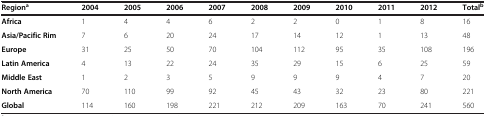
| Regiona | 2004 | 2005 | 2006 | 2007 | 2008 | 2009 | 2010 | 2011 | 2012 | Totalb |
 | --- | --- | --- | --- | --- | --- | --- | --- | --- | --- | --- |
 | Africa | 1 | 4 | 4 | 6 | 2 | 2 | 0 | 1 | 8 | 16 |
 | Asia/Pacific Rim | 7 | 6 | 20 | 24 | 17 | 14 | 12 | 1 | 13 | 48 |
 | Europe | 31 | 25 | 50 | 70 | 104 | 112 | 95 | 35 | 108 | 196 |
 | Latin America | 4 | 13 | 22 | 24 | 35 | 29 | 15 | 6 | 25 | 59 |
 | Middle East | 1 | 2 | 3 | 5 | 9 | 9 | 9 | 4 | 7 | 20 |
 | North America | 70 | 110 | 99 | 92 | 45 | 43 | 32 | 23 | 80 | 221 |
 | Global | 114 | 160 | 198 | 221 | 212 | 209 | 163 | 70 | 241 | 560 |